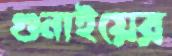
গুনাইয়ের